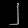
Digit: ၂